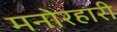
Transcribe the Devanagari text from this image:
मनोरहारी